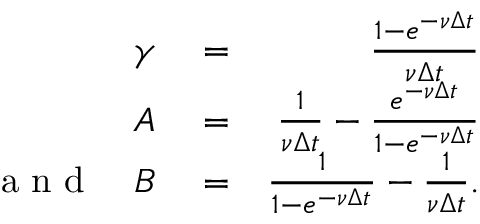
\begin{array} { r l r } { \gamma } & { { } = } & { \frac { 1 - e ^ { - \nu \Delta t } } { \nu \Delta t } } \\ { A } & { { } = } & { \frac { 1 } { \nu \Delta t } - \frac { e ^ { - \nu \Delta t } } { 1 - e ^ { - \nu \Delta t } } } \\ { \textrm { a n d } \quad B } & { { } = } & { \frac { 1 } { 1 - e ^ { - \nu \Delta t } } - \frac { 1 } { \nu \Delta t } . } \end{array}